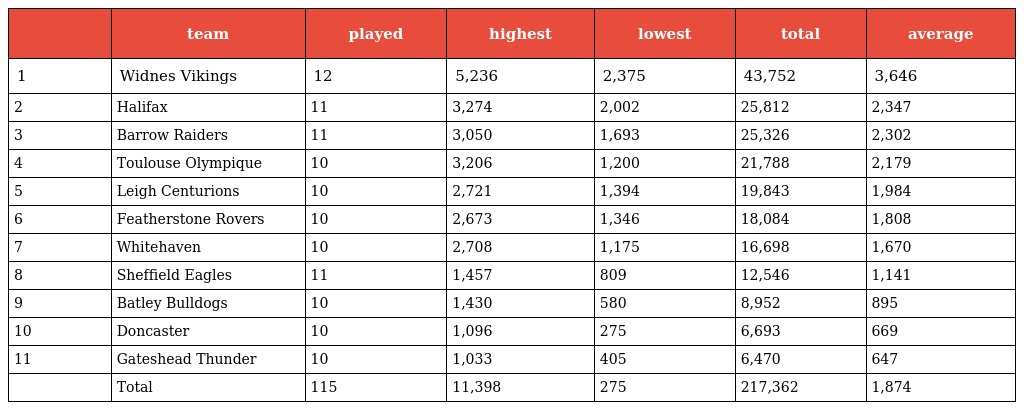
|  | team | played | highest | lowest | total | average |
 | --- | --- | --- | --- | --- | --- | --- |
 | 1 | Widnes Vikings | 12 | 5,236 | 2,375 | 43,752 | 3,646 |
 | 2 | Halifax | 11 | 3,274 | 2,002 | 25,812 | 2,347 |
 | 3 | Barrow Raiders | 11 | 3,050 | 1,693 | 25,326 | 2,302 |
 | 4 | Toulouse Olympique | 10 | 3,206 | 1,200 | 21,788 | 2,179 |
 | 5 | Leigh Centurions | 10 | 2,721 | 1,394 | 19,843 | 1,984 |
 | 6 | Featherstone Rovers | 10 | 2,673 | 1,346 | 18,084 | 1,808 |
 | 7 | Whitehaven | 10 | 2,708 | 1,175 | 16,698 | 1,670 |
 | 8 | Sheffield Eagles | 11 | 1,457 | 809 | 12,546 | 1,141 |
 | 9 | Batley Bulldogs | 10 | 1,430 | 580 | 8,952 | 895 |
 | 10 | Doncaster | 10 | 1,096 | 275 | 6,693 | 669 |
 | 11 | Gateshead Thunder | 10 | 1,033 | 405 | 6,470 | 647 |
 |  | Total | 115 | 11,398 | 275 | 217,362 | 1,874 |